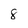
Character: 8